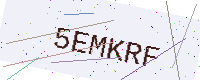
Text: 5EMKRF